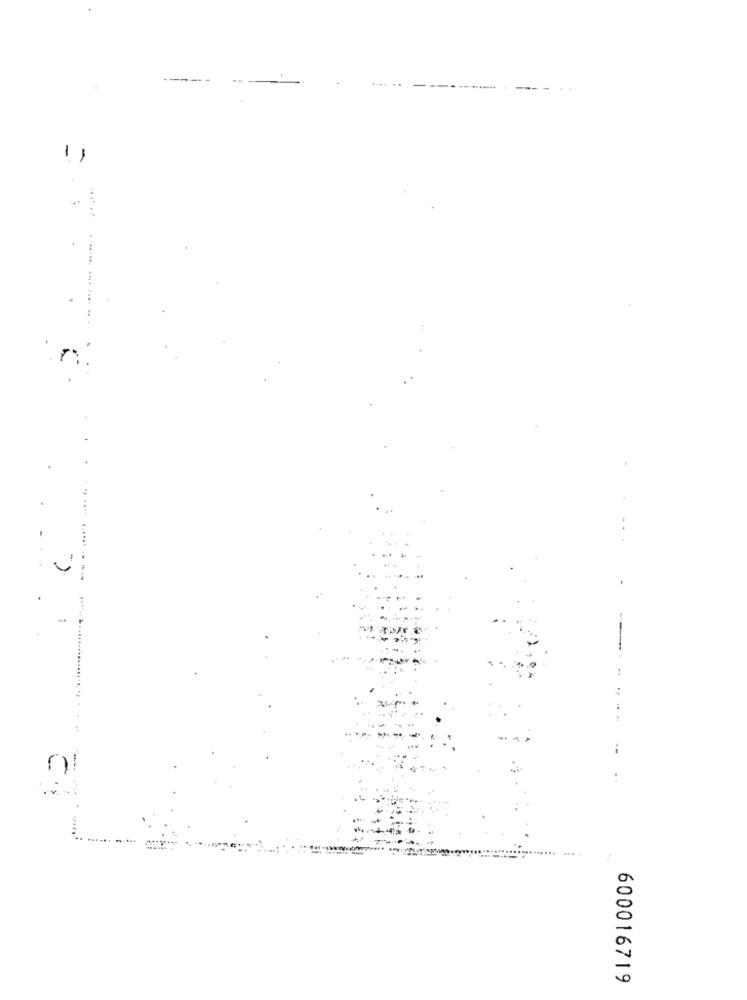
-
-
------
.... .
600016719